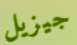
جيزيل